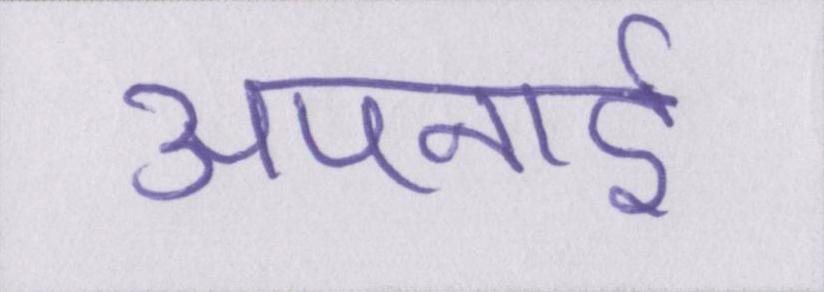
अपनाई